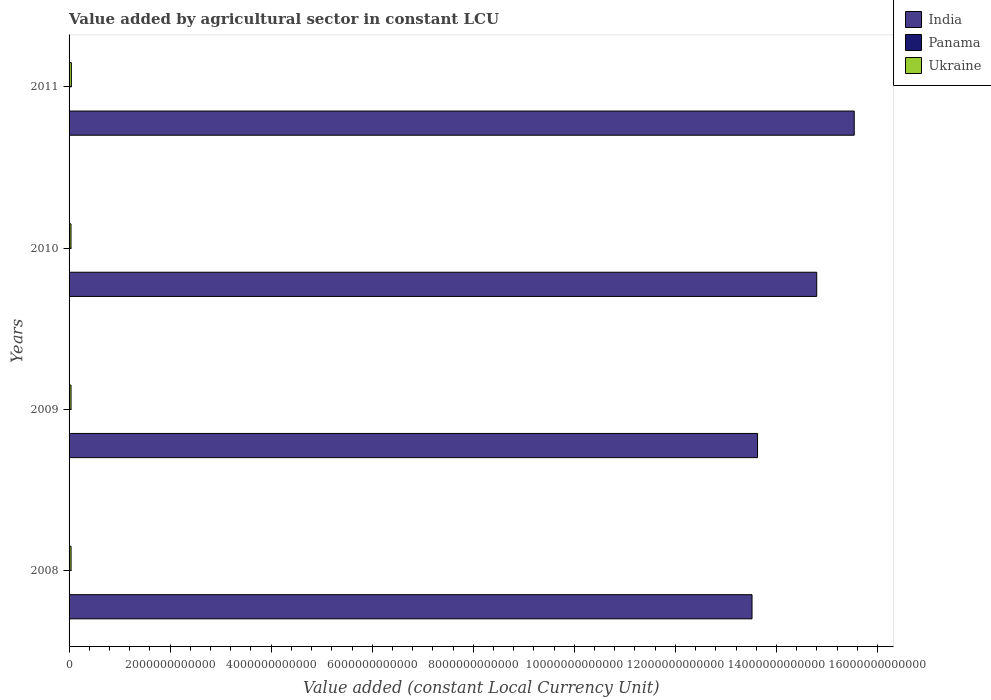
| Years | India | Panama | Ukraine |
 | --- | --- | --- | --- |
 | 2008 | 1.35e+13 | 1.11e+09 | 3.95e+10 |
 | 2009 | 1.36e+13 | 1.01e+09 | 3.87e+10 |
 | 2010 | 1.48e+13 | 9.15e+08 | 3.82e+10 |
 | 2011 | 1.55e+13 | 9.27e+08 | 4.57e+10 |